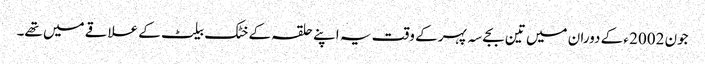
جون 2002 ء کے دوران میں تین بجے سہ پہر کے وقت یہ اپنے حلقہ کے خٹک بیلٹ کے علاقے میں تھے۔